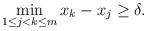
LaTeX: \begin{align*}\min_{1 \leq j < k \leq m} x_{k}-x_{j} \geq \delta.\end{align*}